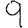
Digit: 9